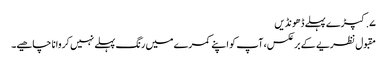
۷. کپڑے پہلے ڈھونڈیں
مقبول نظریے کے برعکس، آپ کو اپنے کمرے میں رنگ پہلے نہیں کروانا چاھیے۔